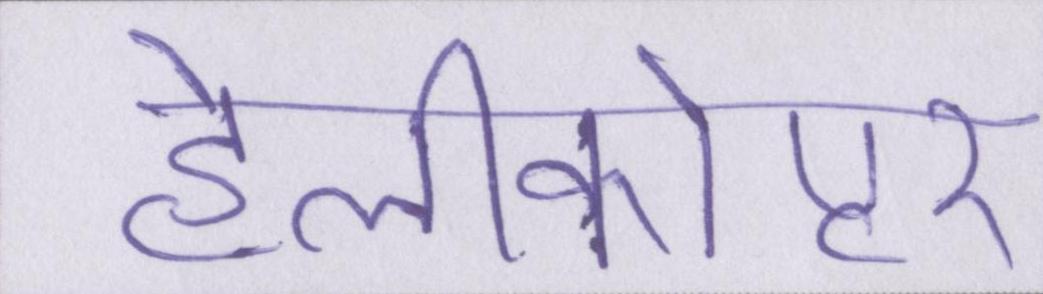
हेलीकोप्टर